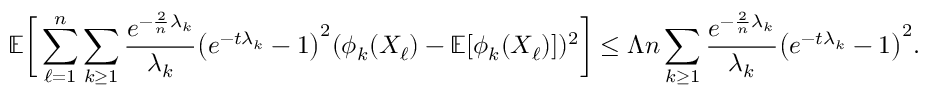
\mathbb { E } \bigg [ \sum _ { \ell = 1 } ^ { n } \sum _ { k \geq 1 } \frac { e ^ { - \frac { 2 } { n } \lambda _ { k } } } { \lambda _ { k } } \big ( e ^ { - t \lambda _ { k } } - 1 \big ) ^ { 2 } ( \phi _ { k } ( X _ { \ell } ) - \mathbb { E } [ \phi _ { k } ( X _ { \ell } ) ] ) ^ { 2 } \bigg ] \leq \Lambda n \sum _ { k \geq 1 } \frac { e ^ { - \frac { 2 } { n } \lambda _ { k } } } { \lambda _ { k } } \big ( e ^ { - t \lambda _ { k } } - 1 \big ) ^ { 2 } .